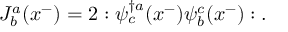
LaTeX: J _ { b } ^ { a } ( x ^ { - } ) = 2 : \psi _ { c } ^ { \dagger a } ( x ^ { - } ) \psi _ { b } ^ { c } ( x ^ { - } ) : .